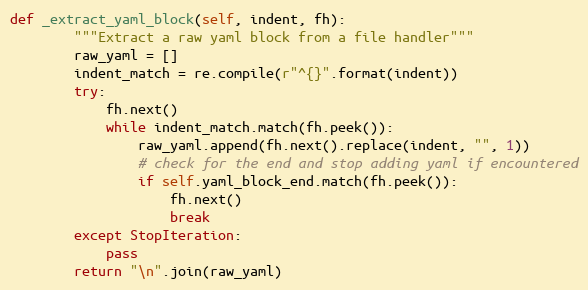
Language: Python
def _extract_yaml_block(self, indent, fh):
        """Extract a raw yaml block from a file handler"""
        raw_yaml = []
        indent_match = re.compile(r"^{}".format(indent))
        try:
            fh.next()
            while indent_match.match(fh.peek()):
                raw_yaml.append(fh.next().replace(indent, "", 1))
                # check for the end and stop adding yaml if encountered
                if self.yaml_block_end.match(fh.peek()):
                    fh.next()
                    break
        except StopIteration:
            pass
        return "\n".join(raw_yaml)